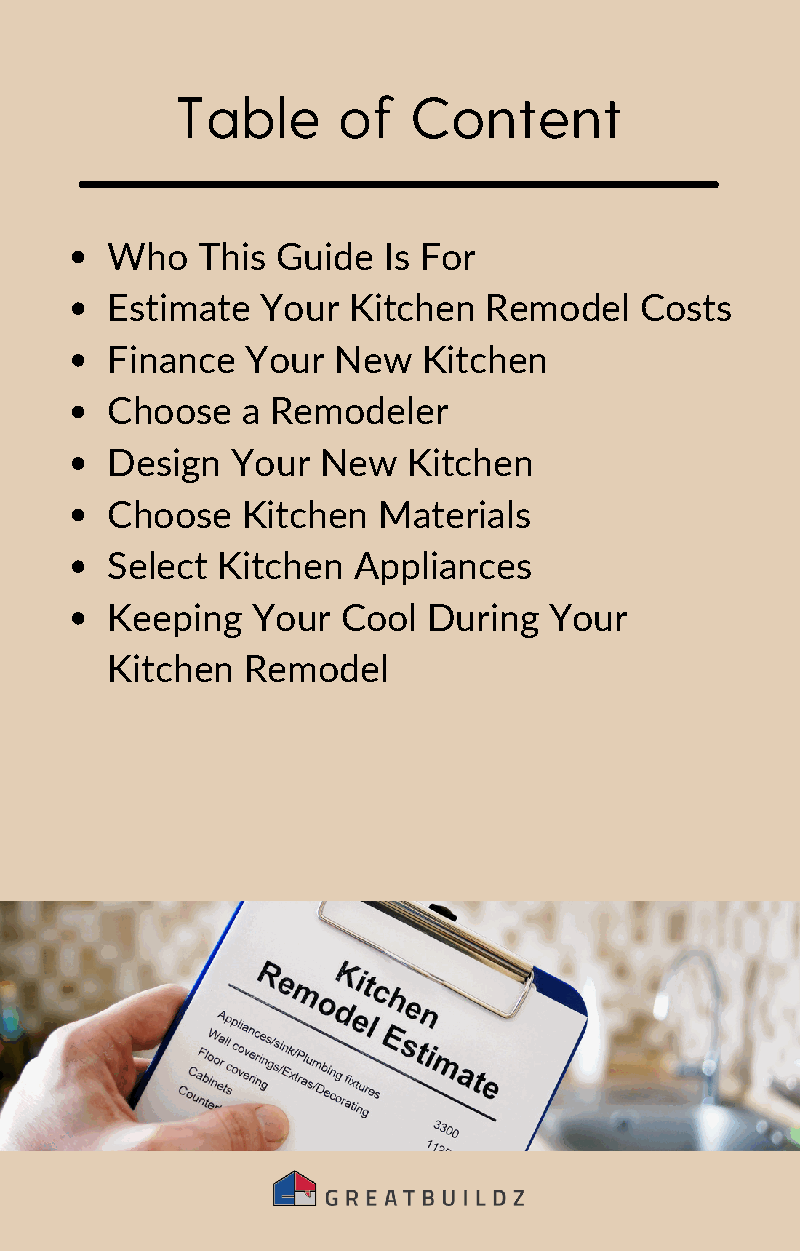
Table     of   Content
 Who   This Guide  Is For
 Estimate  Your  Kitchen  Remodel   Costs
 Finance  Your  New   Kitchen
 Choose   a Remodeler
 Design  Your  New   Kitchen
 Choose   Kitchen  Materials
 Select Kitchen  Appliances
 Keeping   Your  Cool During  Your
 Kitchen  Remodel